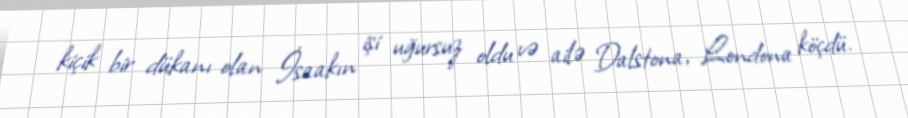
kiçik bir dükanı olan İsaakın işi uğursuz oldu və ailə Dalstona, Londona köçdü.